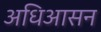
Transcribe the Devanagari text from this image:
अधिआसन